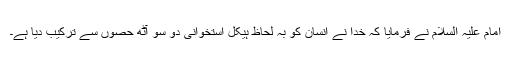
امام علیہ السلام نے فرمایا کہ خدا نے اِنسان کو بہ لحاظ ہیکل اِستخوانی دو سو آٹھ حصوں سے ترکیب دیا ہے۔